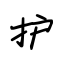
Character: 护